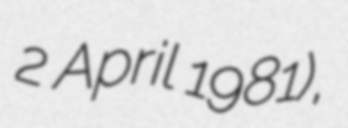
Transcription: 2 April 1981),